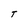
Character: T